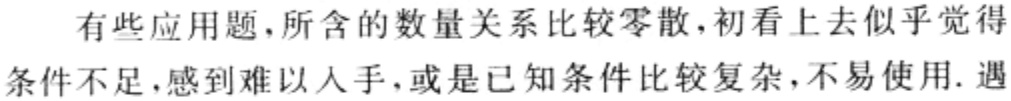
有些应用题，所含的数量关系比较零散，初看上去似乎觉得条件不足，感到难以人手，或是已知条件比较复杂，不易使用. 遇